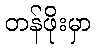
တန်ဖိုးမှာ